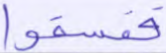
ففسقوا